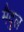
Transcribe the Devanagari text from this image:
मैदुल